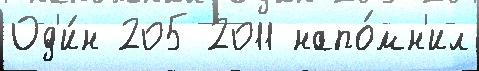
Од'и́н 205 2011 напо́мн'ил